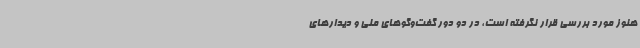
هنوز مورد بررسی قرار نگرفته است، در دو دور گفت‌وگوهای ملی و دیدارهای